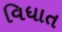
વિધાત